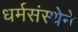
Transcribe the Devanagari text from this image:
धर्मसंस्थेने